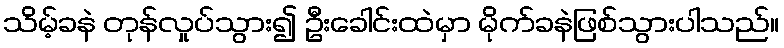
သိမ့်ခနဲ တုန်လှုပ်သွား၍ ဦးခေါင်းထဲမှာ မိုက်ခနဲဖြစ်သွားပါသည်။